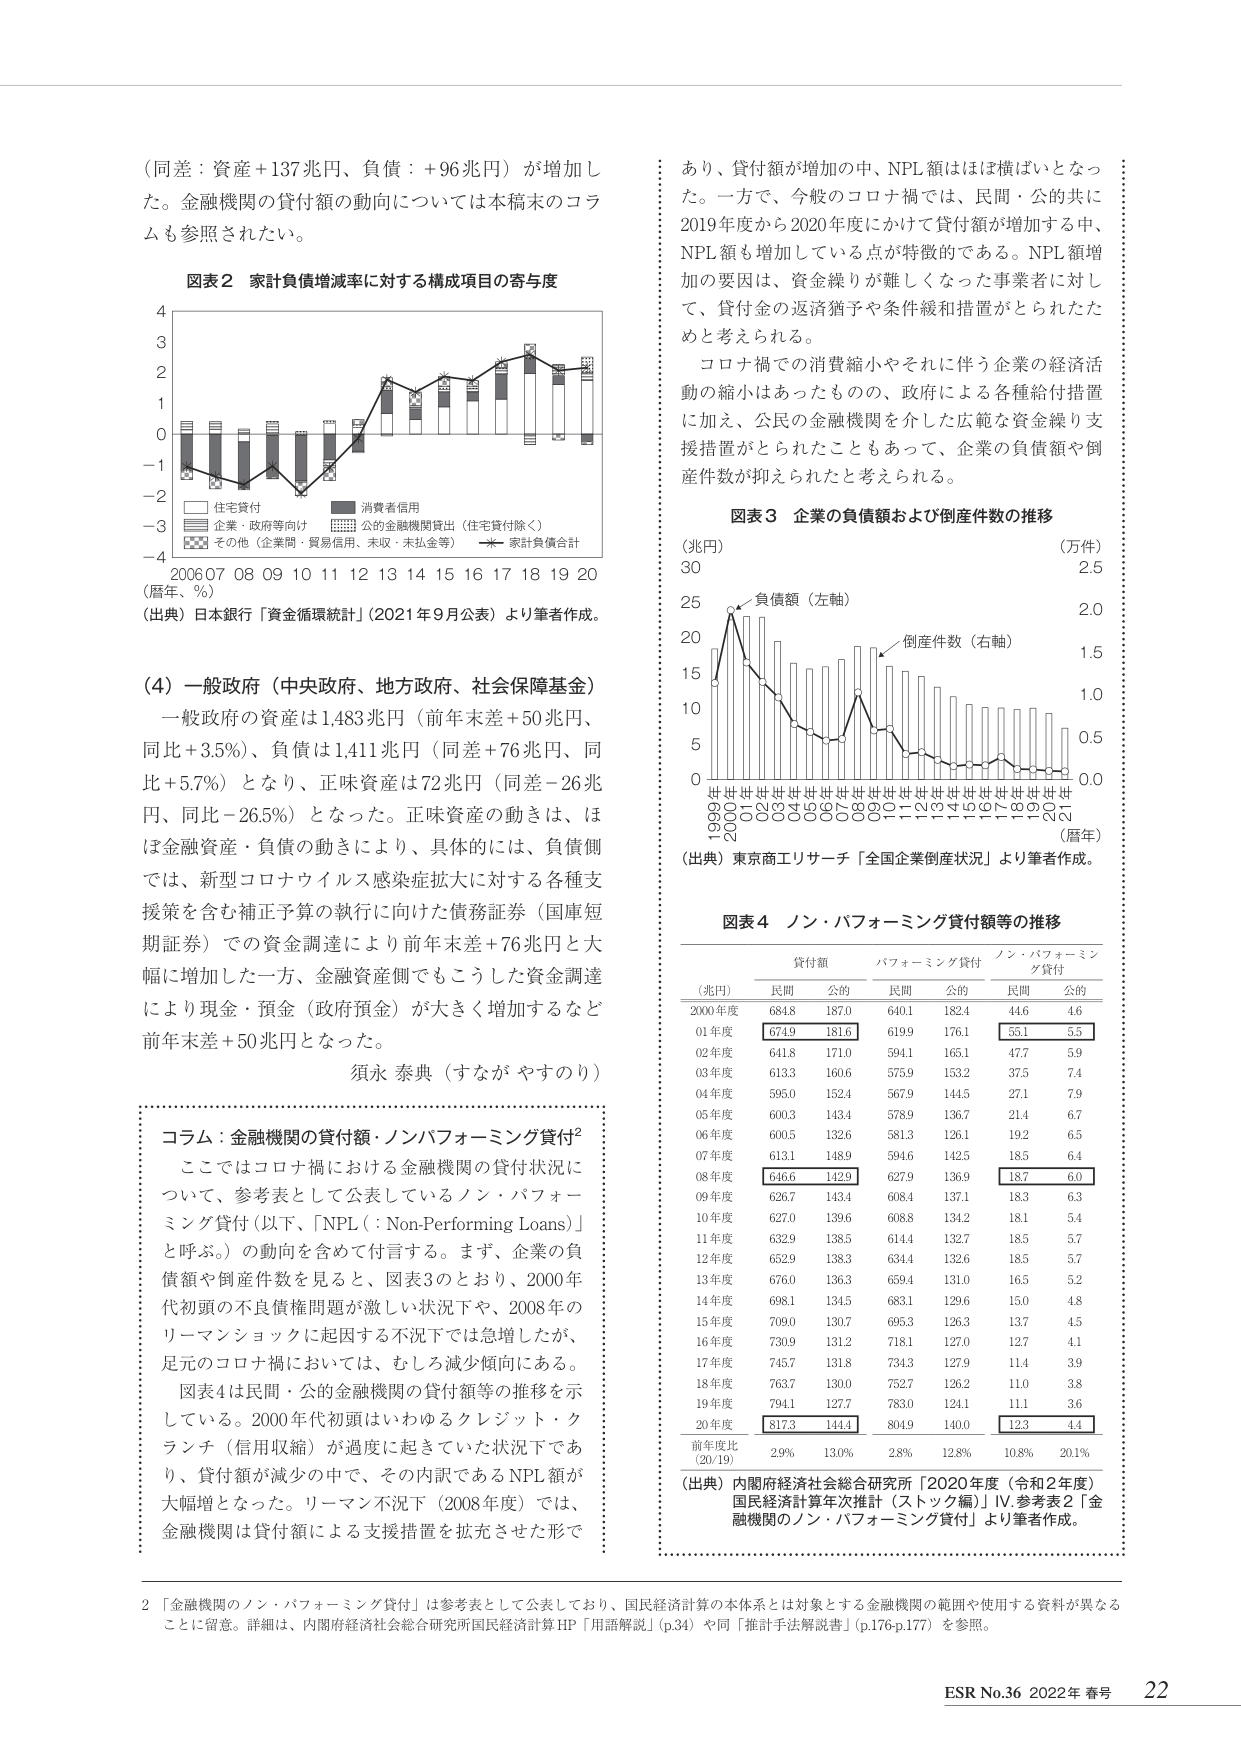
（同差：資産＋137兆円、負債：＋96兆円）が増加した。金融機関の貸付額の動向については本稿末のコラムも参照されたい。

図表2 家計負債増減率に対する構成項目の寄与度

4
3
2
1
0
-1
-2
-3
-4

□ 住宅貸付
■ 消費者信用
■ 企業・政府等向け
■ 公的金融機関貸出（住宅貸付除く）
■ その他（企業間・貿易信用、未収・未払金等）
★ 家計負債合計

2006 07 08 09 10 11 12 13 14 15 16 17 18 19 20
（暦年、％）
（出典）日本銀行「資金循環統計」（2021年9月公表）より筆者作成。

（4）一般政府（中央政府、地方政府、社会保障基金）
一般政府の資産は1,483兆円（前年末差＋50兆円、同比＋3.5％）、負債は1,411兆円（同差＋76兆円、同比＋5.7％）となり、正味資産は72兆円（同差－26兆円、同比－26.5％）となった。正味資産の動きは、ほぼ金融資産・負債の動きにより、具体的には、負債側では、新型コロナウイルス感染症拡大に対する各種支援策を含む補正予算の執行に向けた債務証券（国庫短期証券）での資金調達により前年末差＋76兆円と大幅に増加した一方、金融資産側でもこうした資金調達により現金・預金（政府預金）が大きく増加するなど前年末差＋50兆円となった。

須永 泰典（すなが やすのり）

コラム：金融機関の貸付額・ノンパフォーミング貸付²
ここではコロナ禍における金融機関の貸付状況について、参考表として公表しているノン・パフォーミング貸付（以下、「NPL（：Non-Performing Loans）」と呼ぶ。）の動向を含めて付言する。まず、企業の負債額や倒産件数を見ると、図表3のとおり、2000年代初頭の不良債権問題が激しい状況下や、2008年のリーマンショックに起因する不況下では急増したが、足元のコロナ禍においては、むしろ減少傾向にある。図表4は民間・公的金融機関の貸付額等の推移を示している。2000年代初頭はいわゆるクレジット・クランチ（信用収縮）が過度に起きていた状況下であり、貸付額が減少の中で、その内訳であるNPL額が大幅増となった。リーマン不況下（2008年度）では、金融機関は貸付額による支援措置を拡充させた形で

あり、貸付額が増加の中、NPL額はほぼ横ばいとなった。一方で、今般のコロナ禍では、民間・公的共に2019年度から2020年度にかけて貸付額が増加する中、NPL額も増加している点が特徴的である。NPL額増加の要因は、資金繰りが難しくなった事業者に対して、貸付金の返済猶予や条件緩和措置がとられたためと考えられる。

コロナ禍での消費縮小やそれに伴う企業の経済活動の縮小はあったものの、政府による各種給付措置に加え、公民の金融機関を介した広範な資金繰り支援措置がとられたこともあって、企業の負債額や倒産件数が抑えられたと考えられる。

図表3 企業の負債額および倒産件数の推移

（兆円）　　　　　　　　　　　　　　　　（万件）
30　　　　　　　　　　　　　　　　　　　　2.5
25　　　　　　　　　　　　　　　　　　　　2.0
20　　　　　　　　　　　　　　　　　　　　1.5
15　　　　　　　　　　　　　　　　　　　　1.0
10　　　　　　　　　　　　　　　　　　　　0.5
5　　　　　　　　　　　　　　　　　　　　0.0
0

負債額（左軸）
倒産件数（右軸）

1990 91 92 93 94 95 96 97 98 99 00 01 02 03 04 05 06 07 08 09 10 11 12 13 14 15 16 17 18 19 20 21
（暦年）
（出典）東京商工リサーチ「全国企業倒産状況」より筆者作成。

図表4 ノン・パフォーミング貸付額等の推移

貸付額　　　　　パフォーミング貸付　　　ノン・パフォーミング貸付
（兆円）　　　　民間　　　公的　　　　民間　　　公的　　　　民間　　　公的
2000年度　　　684.8　　　187.0　　　640.1　　　182.4　　　44.6　　　4.6
01年度　　　674.9　　　181.6　　　619.9　　　176.1　　　55.1　　　5.5
02年度　　　641.8　　　171.0　　　594.1　　　165.1　　　47.7　　　5.9
03年度　　　613.3　　　160.6　　　575.9　　　153.2　　　37.5　　　7.4
04年度　　　595.0　　　152.4　　　567.9　　　144.5　　　27.1　　　7.9
05年度　　　600.3　　　143.4　　　578.9　　　136.7　　　21.4　　　6.7
06年度　　　600.5　　　132.6　　　581.3　　　126.1　　　19.2　　　6.5
07年度　　　613.1　　　148.9　　　594.6　　　142.5　　　18.5　　　6.4
08年度　　　646.6　　　142.9　　　627.9　　　136.9　　　18.7　　　6.0
09年度　　　626.7　　　143.4　　　608.4　　　137.1　　　18.3　　　6.3
10年度　　　627.0　　　139.6　　　608.8　　　134.2　　　18.1　　　5.4
11年度　　　632.9　　　138.5　　　614.4　　　132.7　　　18.5　　　5.7
12年度　　　652.9　　　138.3　　　634.4　　　132.6　　　18.5　　　5.7
13年度　　　676.0　　　136.3　　　659.4　　　131.0　　　16.5　　　5.2
14年度　　　698.1　　　134.5　　　683.1　　　129.6　　　15.0　　　4.8
15年度　　　709.0　　　130.7　　　695.3　　　126.3　　　13.7　　　4.5
16年度　　　730.9　　　131.2　　　718.1　　　127.0　　　12.7　　　4.1
17年度　　　745.7　　　131.8　　　734.3　　　127.9　　　11.4　　　3.9
18年度　　　763.7　　　130.0　　　752.7　　　126.2　　　11.0　　　3.8
19年度　　　794.1　　　127.7　　　783.0　　　124.1　　　11.1　　　3.6
20年度　　　817.3　　　144.4　　　804.9　　　140.0　　　12.3　　　4.4
前年度比
(20/19)　　　2.9%　　　13.0%　　　2.8%　　　12.8%　　　10.8%　　　20.1%

（出典）内閣府経済社会総合研究所「2020年度（令和2年度）国民経済計算年次推計（ストック編）」Ⅳ.参考表2「金融機関のノン・パフォーミング貸付」より筆者作成。

²「金融機関のノン・パフォーミング貸付」は参考表として公表しており、国民経済計算の本体系とは対象とする金融機関の範囲や使用する資料が異なることに留意。詳細は、内閣府経済社会総合研究所国民経済計算HP「用語解説」(p.34) や同「推計手法解説書」(p.176-p.177) を参照。

ESR No.36 2022年 春号 22